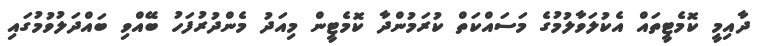
ދާއިމީ ކޮމެޓީތައް އެކުލަވާލުމުގެ މަސައްކަތް ކުރަމުންދާ ކޮމެޓީން މިއަދު މެންދުރުފަހު ބޭއްވި ބައްދަލުވުމުގައި